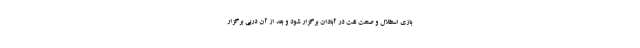
بازی استقلال و صنعت نفت در آبادان برگزار شود و بعد از آن دربی برگزار